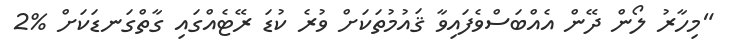
"މިހާރު ލޯން ދޭން އެއްބަސްވެފައިވާ ޤައުމުތަކަށް ވުރެ ކުޑަ ރޭޓެއްގައި ގާތްގަނޑަކަށް %2